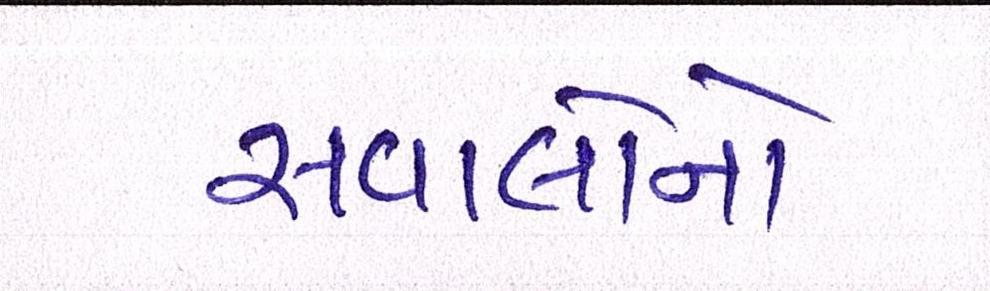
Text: સવાલોનો